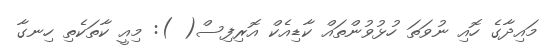
މައިދާގެ ހޮއި ނުވަތަ ހުޅުވުންތައް ކާޑިއެކް އޮރިފިސް( ): މިއީ ކާތަކެތި ހިނގާ